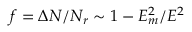
f = \Delta N / N _ { r } \sim 1 - E _ { m } ^ { 2 } / E ^ { 2 }